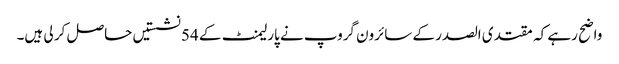
واضح رہے کہ مقتدی الصدر کے سائرون گروپ نے پارلیمنٹ کے 54 نشستیں حاصل کر لی ہیں۔